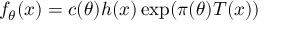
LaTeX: f _ { \theta } ( x ) = c ( \theta ) h ( x ) \exp ( \pi ( \theta ) T ( x ) )